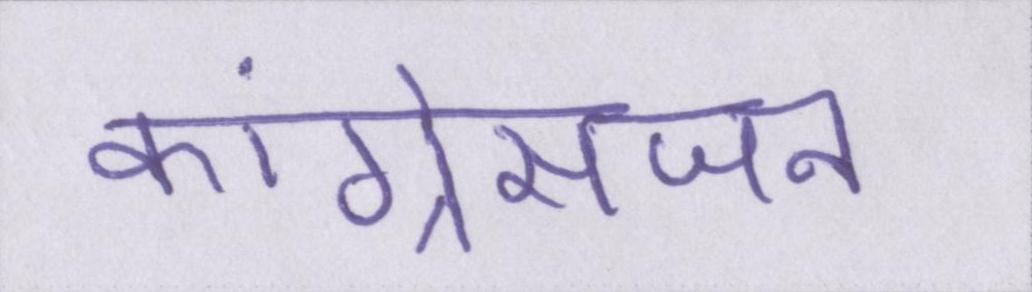
कांग्रेसजन